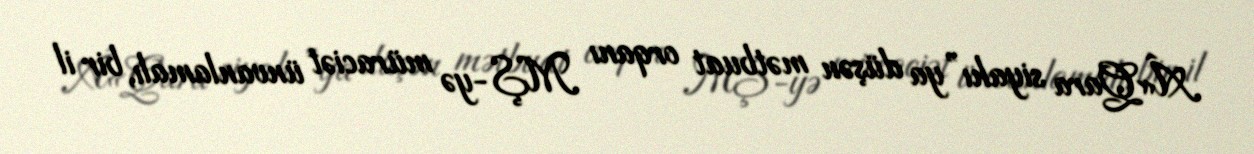
Â«Qara siyahı”ya düşən mətbuat orqanı MŞ-yə müraciət ünvanlamalı, bir il